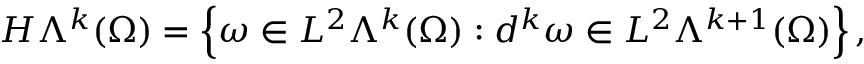
H \Lambda ^ { k } ( \Omega ) = \left\{ \omega \in L ^ { 2 } \Lambda ^ { k } ( \Omega ) : d ^ { k } \omega \in L ^ { 2 } \Lambda ^ { k + 1 } ( \Omega ) \right\} ,